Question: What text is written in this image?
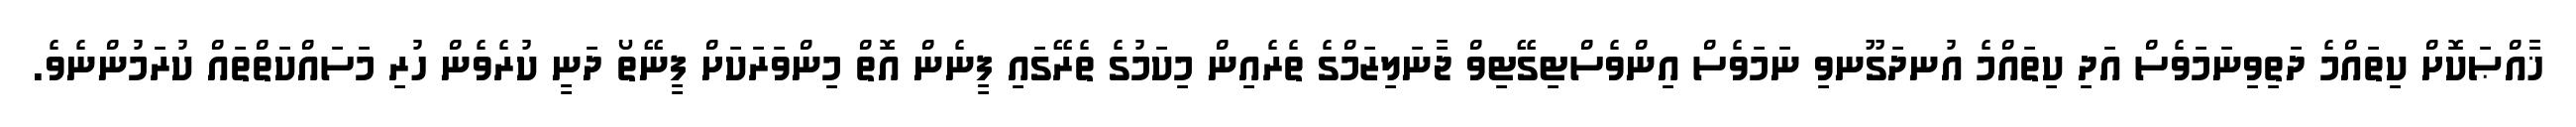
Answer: ޚާއްޞަކޮށް ކިތައްމެ ދަތިވިނަމަވެސް އަދި ކިތައްމެ އުނދަގޫނވި ނަމަވެސް އިންވެސްޓިގޭޓިވް ޖާނަލިޒަމްގެ ތެރެއިން މިކަމުގެ ތެރޭގައި ފީނެން އޮތް މިންވަރަކަށް ފީނޭތޯ ދަނީ ކުރެވެން ހުރި މަސައްކަތްތައް ކުރަމުންނެވެ.